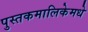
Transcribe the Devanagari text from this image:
पुस्तकमालिकेमधे